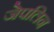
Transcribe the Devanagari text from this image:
जेपलिन